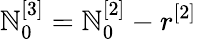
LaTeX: \mathbb{N}_{0}^{[3]}=\mathbb{N}_{0}^{[2]}-r^{[2]}